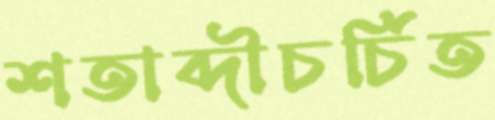
শতাব্দীচর্চিত